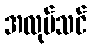
အလုပ်သင်